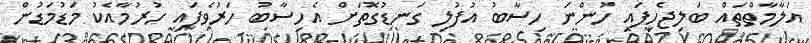
އަލާމާތްތައް ބަލިޖެހިފައި ހުންނަ ހިސާބު އުފުލި ގަނޑުގޮތަށް އެހިސާބު ހަރުވެފައި ހުރުމާއެކު މަޑުމަޑުން